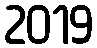
2019